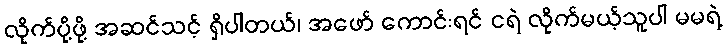
လိုက်ပို့ဖို့ အဆင်သင့် ရှိပါတယ်၊ အဖော် ကောင်းရင် ငရဲ လိုက်မယ့်သူပါ မမရဲ့